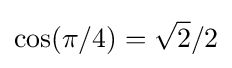
\cos(\pi /4)={\sqrt {2}}/2